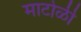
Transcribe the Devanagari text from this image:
माटोळी